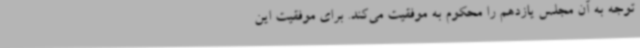
توجه به آن مجلس یازدهم را محکوم به موفقیت می‌کند. برای موفقیت این